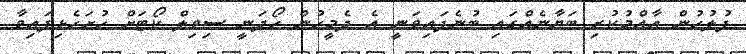
ފުލުހުން އާއްމުކުރި ބަޔާނެެއްގައި ބުނެފައިވަނީ އެ ދެމީހުން ހޯދަނީ ސިވިލް ކޯޓަށް ހުށަހެޅިފައިވާ